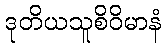
ဒုတိယသူစိဝိမာနံ